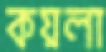
কয়লা